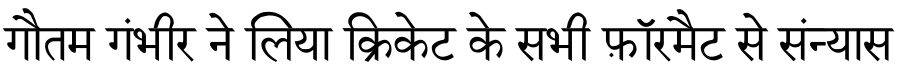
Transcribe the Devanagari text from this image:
गौतम गंभीर ने लिया क्रिकेट के सभी फ़ॉरमैट से संन्यास